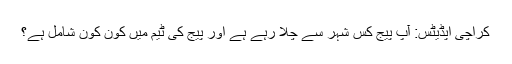
کراچی اپڈیٹس: آپ پیج کس شہر سے چلا رہے ہے اور پیج کی ٹیم میں کون کون شامل ہے؟